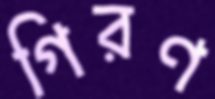
গিরণ